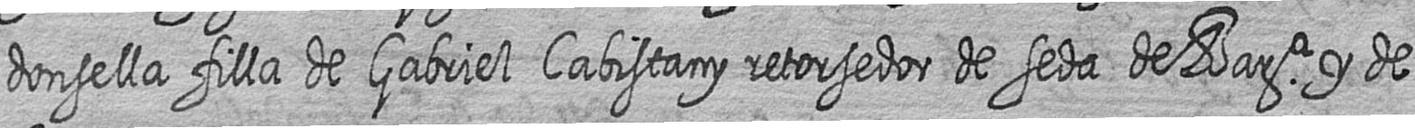
donsella filla de Gabriel Cabistany retorsedor de seda de Bara y de